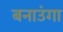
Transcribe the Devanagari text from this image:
बनाउंगा